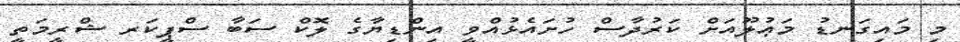
މި މައިގަނޑު މަޢުލޫއަށް ކަރުދާސް ހުށައެޅުއްވީ އިންޑިޔާގެ ލޮކް ސަބާ ސްޕީކަރ ޝްރީމަތީ